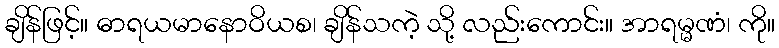
ချိန်ဖြင့်။ ဓာရယမာနောဝိယစ၊ ချိန်သကဲ့ သို့ လည်းကောင်း။ အာရမ္မဏံ၊ ကို။